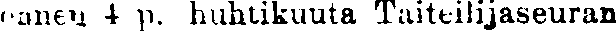
ennen 4 p. huhtikuuta Taiteilijaseuran